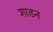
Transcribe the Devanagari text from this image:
शाडन